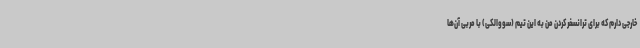
خارجی دارم که برای ترانسفر کردن من به این تیم (سووالکی) با مربی آن‌ها